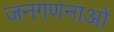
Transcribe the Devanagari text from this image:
जनगणनाओ